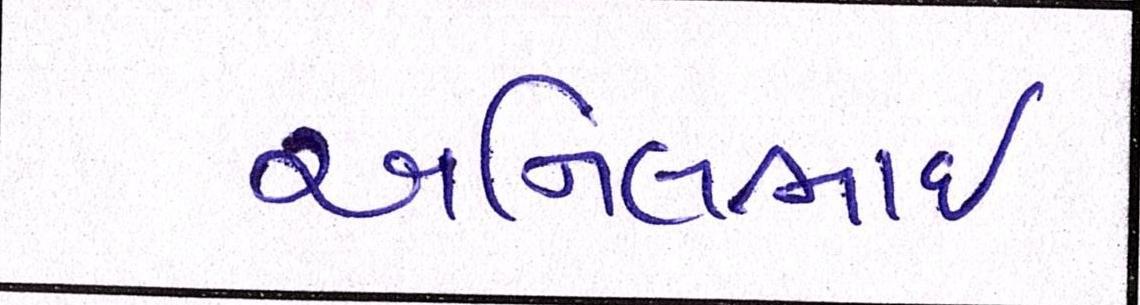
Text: અનિલભાઇ